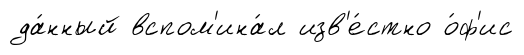
да́нный вспом'ина́л изв'е́стно о́ф'ис